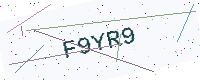
Text: F9YR9